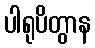
ပါရုပိတွာန